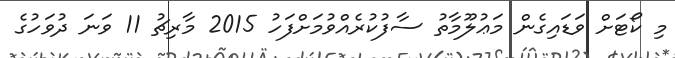
މި ކޯޓަށް ވަޑައިގެން މަޢުލޫމާތު ސާފުކުރެއްވުމަށްފަހު 2015 މާރިޗު 11 ވަނަ ދުވަހުގެ